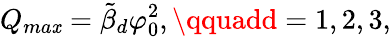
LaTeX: Q_{ma\mathit{x}}=\tilde{{\beta}}_{d}\varphi_{0}^{2},\qquadd=1,2,3,